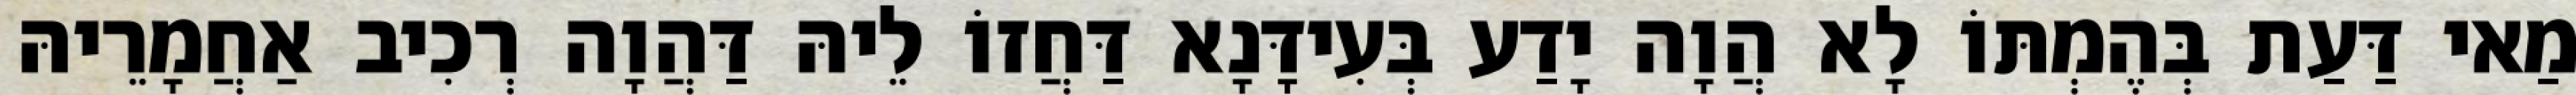
מַאי דַּעַת בְּהֶמְתּוֹ לָא הֲוָה יָדַע בְּעִידָּנָא דַּחֲזוֹ לֵיהּ דַּהֲוָה רְכִיב אַחֲמָרֵיהּ